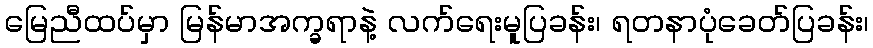
မြေညီထပ်မှာ မြန်မာအက္ခရာနဲ့ လက်ရေးမူပြခန်း၊ ရတနာပုံခေတ်ပြခန်း၊